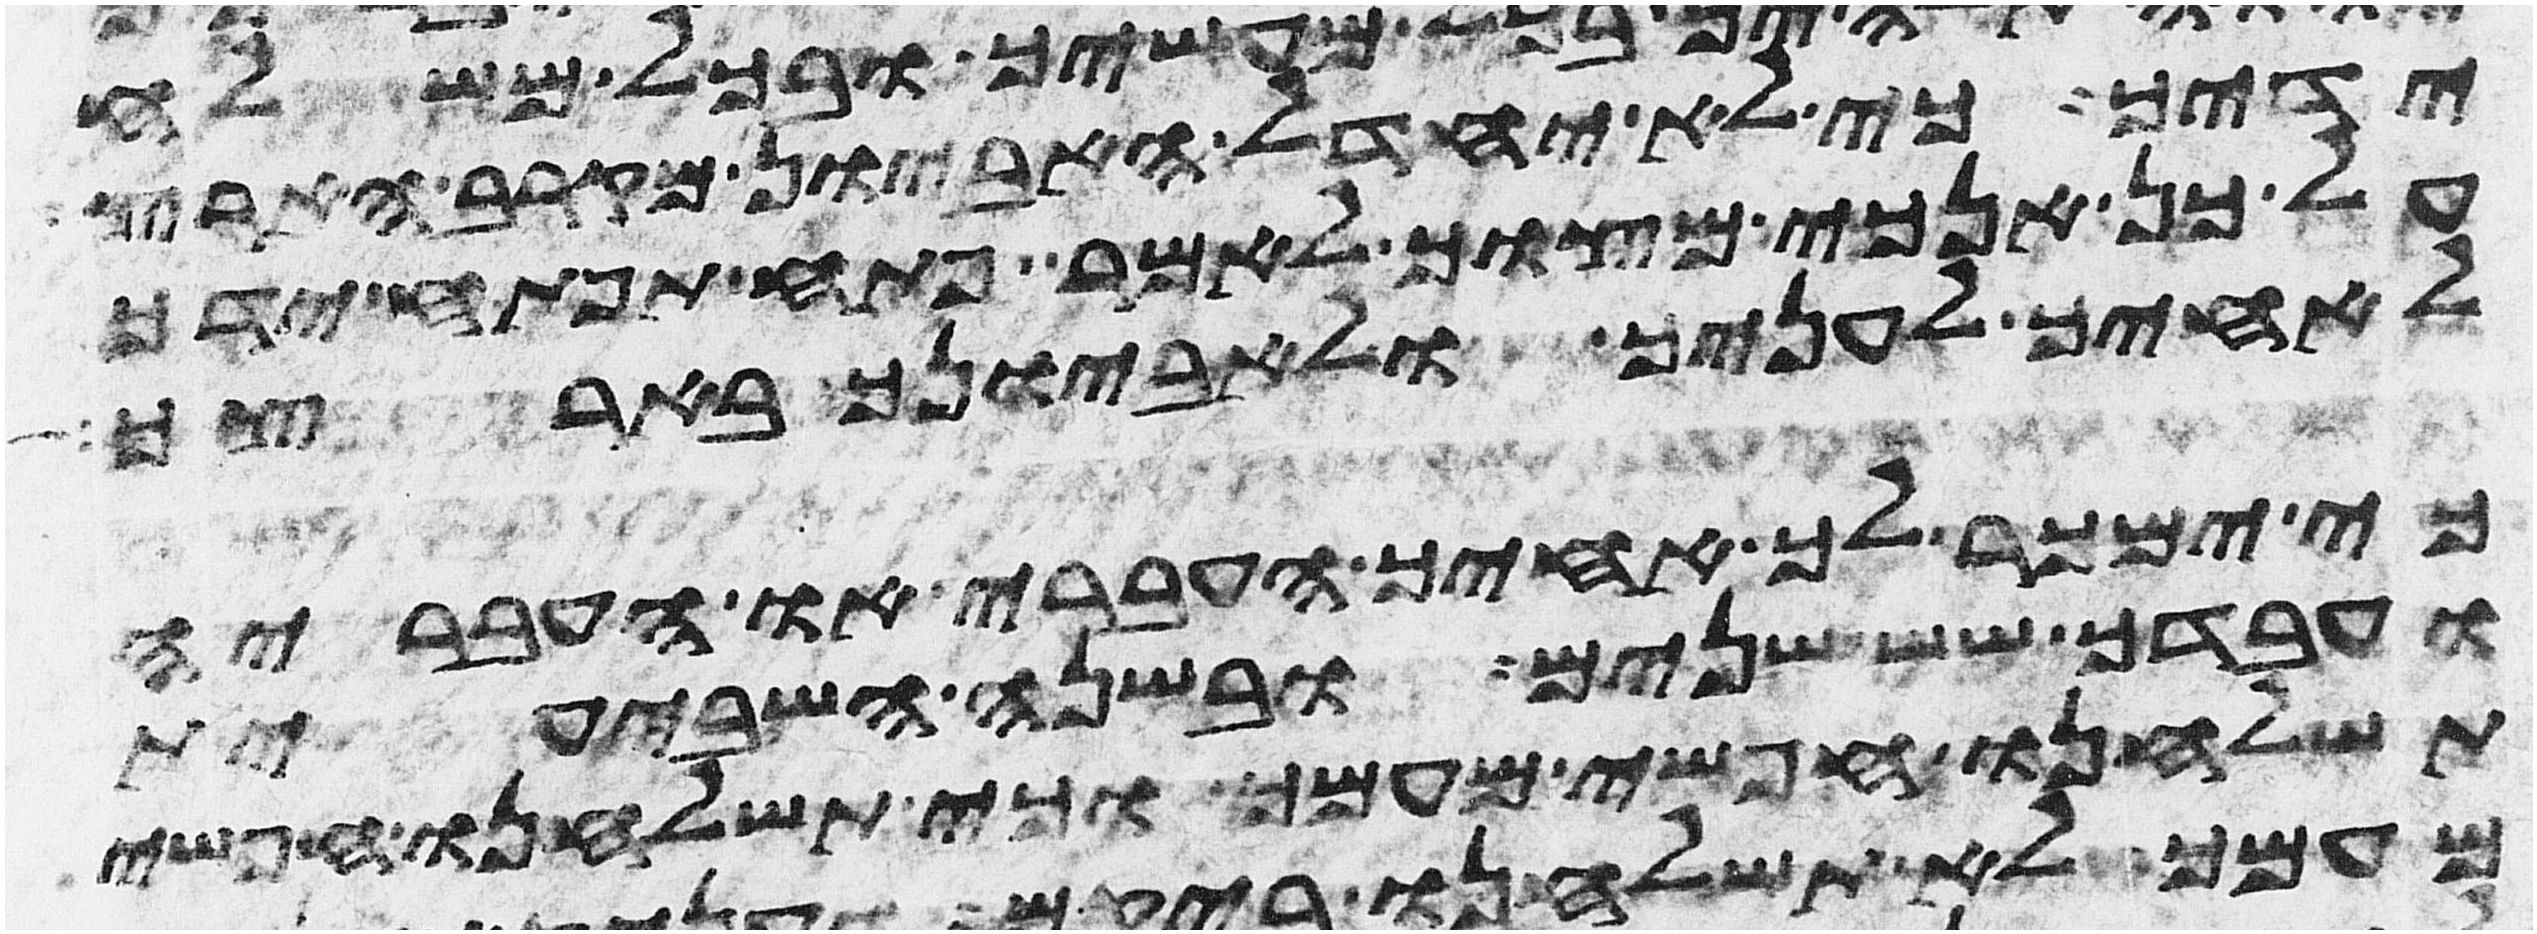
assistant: ידיך כי לא יחדל האביון מקרב הארץ
על כן אנכי מצוך לאמר פתח תפתח ידך
לאחיך לעניך ולאביונך בארצך
כי ימכר לך אחיך העברי או העבריה
ועבדך שש שנים ובשנה השביעית
תשלחנו חפשי מעמך וכי תשלחנו חפשי